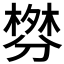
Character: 𰅃